Lunatic asylums in Bengal annual reports 1899-1911 - 1899-1911
Year: 1899
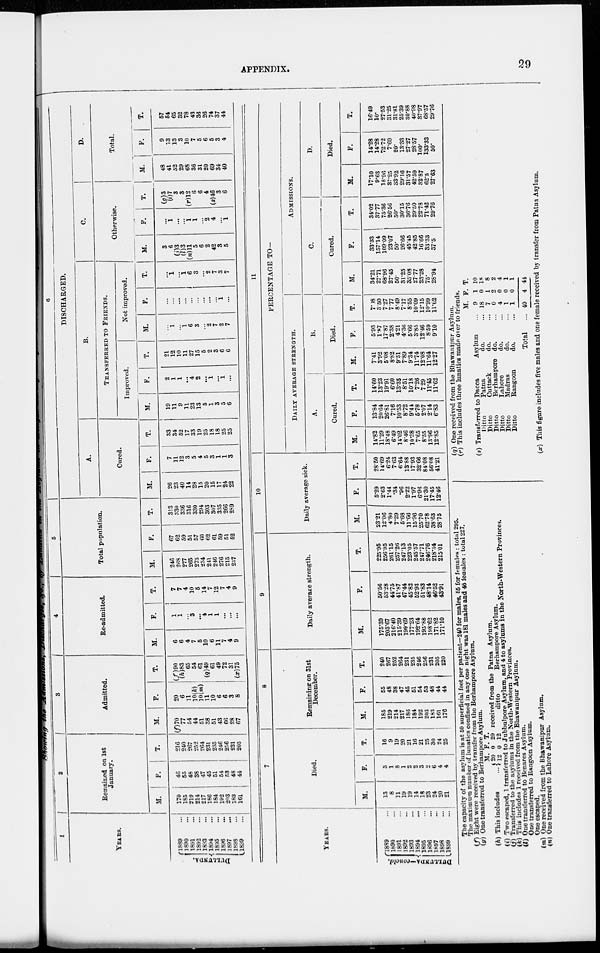
APPENDIX.
29
1
YEARS.
DULLUNDA.
1889 ...
1890 ...
1891 ...
1892 ...
1893 ...
1894 ...
1895 ...
1896 ...
1897 ...
1898
...
1899
...
2
Remained on 1st
January.
M.
170
185
219
214
217
186
184
192
203
183
161
F.
46
55
48
38
47
45
51
54
53
48
44
T.
216
240
267
252
264
231
235
246
256
231
205
3
Admitted.
M.
(f)70
77
54
44
51
38
51
43
66
28
67
F.
20
6
11
10(k)
10(m)
11
10
6
6
3
8
T.
(f)90
(h)83
65
54
61
(q)49
61
49
72
31
(x)75
4
Re-admitted.
M.
6
6
4
7
5
10
6
11
7
4
9
F.
1
1
...
3
...
4
1
1
...
...
...
T.
7
7
4
10
5
14
7
12
7
4
9
5
Total population.
M.
246
268
277
265
273
234
241
246
276
215
237
F.
67
62
59
51
57
60
62
61
59
51
52
T.
313
330
336
316
330
294
303
307
335
266
289
6
DISCHARGED.
A.
Cured.
M.
26
23
40
14
28
15
20
15
17
24
22
F.
7
11
12
3
5
4
5
3
1
1
3
T.
33
34
52
17
33
19
25
18
18
25
25
B.
TRANSFERRED TO FRIENDS.
Improved.
M.
19
11
9
11
23
13
5
1
3
5
6
F.
2
1
1
...
4
2
...
1
...
1
...
T.
21
12
10
11
27
15
5
2
3
6
6
Not improved.
M.
...
1
...
1
6
3
...
2 7
2
7
F.
...
...
...
...
...
...
...
...
...
1
...
T.
...
1
...
1
6
3
...
2
7
3
7
C.
Otherwise.
M.
3
6
(j)3
(l)3
(n)11
5
6
2
42
3
5
F.
...
1
...
...
1
1
...
2
4
...
1
T.
(g)3
(i)7
3
3
(r)12
6
6
4
(s)46
3
6
D.
Total.
M.
48
41
52
29
68
36
31
20
69
34
40
F.
9
13
13
3
10
7
5
6
5
3
4
T.
57
54
65
32
78
43
36
26
74
37
44
YEARS.
DULLUNDA—concld.
1889 ...
1890
...
1891
...
1892 ...
1893
...
1894
...
1895
...
1896
...
1897
...
1898
...
1899
...
7
Died.
M.
13
8
11
19
19
14
18
23
24
20
21
F.
3 1
8
1
2
2
3
2
6
4
4
T.
16
9
19
20
21
16
21
25
30
24
25
8
Remaining on 31st
December.
M.
185
219
214
217
186
184
192
203
183
161
176
F.
55
48
38
47
45
51
54
53
48
44
44
T.
240
267
252
264
231
235
246
256
231
205
220
9
Daily average strength.
M.
175.39
203.67
216.40
215.39
199.69
177.23
192.64
195.88
198.62
171.82
171.10
F.
50.56
53.28
44.75
41.87
47.44
45.82
52.93
51.83
48.14
46.52
43.91
T.
225.95
256.95
261.15
257.26
247.13
223.05
245.57
247.71
246.76
218.34
215.01
10
Daily average sick.
M.
23.21
12.06
4.80
7.29
5.68
11.66
15.96
25.70
62.78
38.63
28.75
F.
5.29
2.63
1.44
.34
.96
2.22
1.97
6.96
21.30
17.45
12.46
T.
28.50
14.69
6.24
7.63
6.64
13.88
17.93
32.66
84.08
56.08
41.21
11
PERCENTAGE TO—
DAILY AVERAGE STRENGTH.
A.
Cured.
M.
14.82
11.29
18.48
6.49
14.02
8.46
10.38
7.65
8.55
13.96
12.85
F.
13.84
20.64
26.81
7.16
10.53
8.72
9.44
5.78
2.07
2.14
6.83
T.
14.60
13.23
19.91
6.60
13.35
8.51
10.18
7.26
7.29
11.45
11.62
B.
Died.
M.
7.41
3.92
5.08
8.82
9.51
7.89
9.34
11.74
12.08
11.64
12.27
F.
5.93
1.87
17.87
2.38
4.21
4.36
5.66
3.85
12.46
8.59
9.10
T.
7.08
3.50
7.27
7.77
8.49
7.17
8.55
10.09
12.15
10.99
11.62
ADMISSIONS.
C.
Cured.
M.
34.21
27.71
68.96
27.45
50.
31.25
35.08
27.77
23.28
75.
28.94
F.
33.33
157.14
109.09
23.07
50.
26.66
45.45
42.85
16.66
33.33
37.5
T.
34.02
37.77
75.36
26.56
50.
30.15
36.76
29.50
22.78
71.42
29.76
D.
Died.
M.
17.10
9.63
18.96
37.25
33.92
29.16
31.57
42.59
32 . 87
62.5
27.63
F.
14.28
14.28
72.72
7.69
20.
13.33
27.27
28.57
100.
133.33
50.
T.
16.49
10.
27.53
31.25
31.81
25.39
30.88
40.98
37.97
68.57
29.76
The capacity of the asylum is at 50 superficial feet per patient—240 for males, 65 for females: total 295.
The maximum number of lunatics confined in any one night was 181 males and 46 females : total 227.
(f) Eight were received by transfer from the Berhampore Asylum.
(g) One transferred to Berhampore Asylum.
(h) This includes
...
M.
20
12
F.
0
0
T.
20
12
received from the Patna Asylum.
ditto
Berhampore Asylum.
(i) Two escaped, 1 transferred to Jubbulpore Asylum, and 4 to asylums in the North-Western Provinces.
(j) Transferred to the asylums in the North-Western Provinces.
(k) This includes I received from the Bhawanipur Asylum.
(l) One transferred to Benares Asylum.
One transferred to Rangoon Asylum.
One escaped.
(m) One received from the Bhawanipur Asylum.
(n) One transferred to Lahore Asylum.
(q) One received from the Bhawanipur Asylum.
(r) This includes three lunatics made over to friends.
(s) Transferred to Dacca
Ditto
Ditto
Ditto
Ditto
Ditto
Ditto
Patna
Cuttack
Berhampore
Lahore
Madras
Rangoon
Asylum
do. ...
do. ...
do. ...
do. ...
do. ...
do. ...
Total ...
M.
9
18
7
0
4
1
1
40
F.
1
0
1
2
0
0
0
4
T.
10
18
8
2
4
1
1
44
(x) This figure includes five males and one female received by transfer from Patna Asylum.